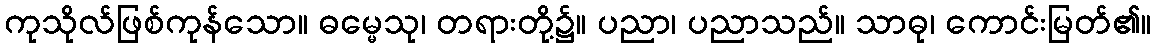
ကုသိုလ်ဖြစ်ကုန်သော။ ဓမ္မေသု၊ တရားတို့၌။ ပညာ၊ ပညာသည်။ သာဓု၊ ကောင်းမြတ်၏။